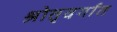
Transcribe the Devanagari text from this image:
श्रोतृवर्गात